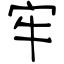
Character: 牢